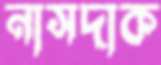
নাসদাক